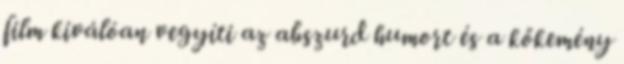
film kiválóan vegyíti az abszurd humort és a kőkemény